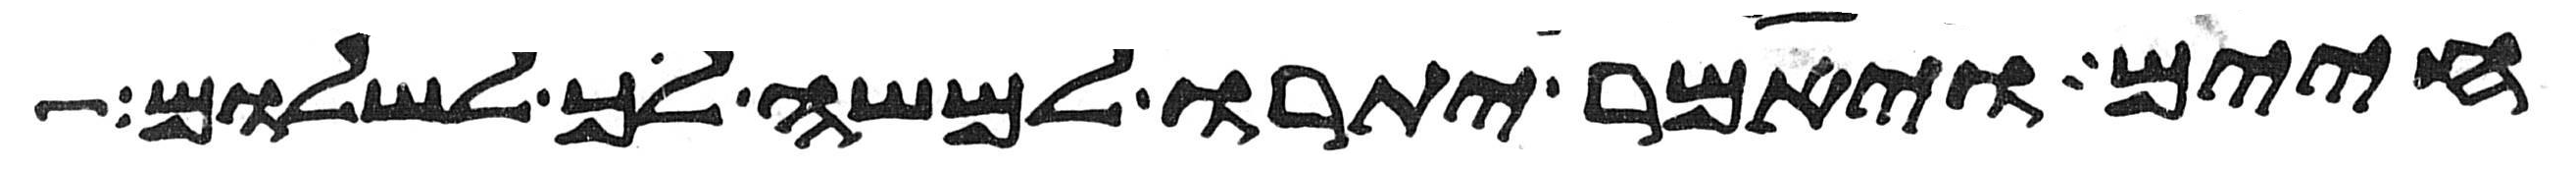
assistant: חיים ויאמר יתרו למשה לך לשלום